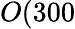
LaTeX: O(300